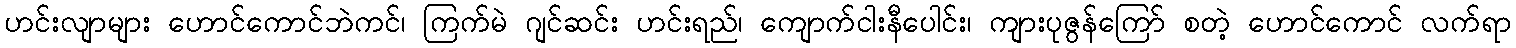
ဟင်းလျာများ ဟောင်ကောင်ဘဲကင်၊ ကြက်မဲ ဂျင်ဆင်း ဟင်းရည်၊ ကျောက်ငါးနီပေါင်း၊ ကျားပုဇွန်ကြော် စတဲ့ ဟောင်ကောင် လက်ရာ